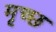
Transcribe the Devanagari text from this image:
मृच्छ